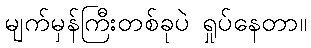
မျက်မှန်ကြီးတစ်ခုပဲ ရှုပ်နေတာ။